Civil Veterinary Department. Central Provinces & Berar 1925-31 - 1925-1931
Year: 1925
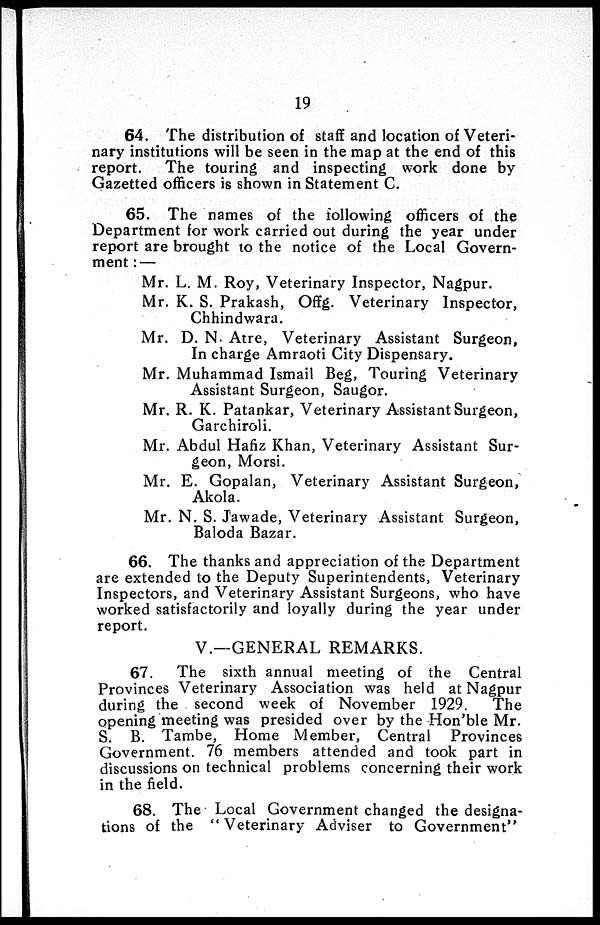
19
64. The distribution of staff and location of Veteri-
nary institutions will be seen in the map at the end of this
report.
The touring and inspecting work done by
Gazetted officers is shown in Statement C.
65. The names of the following officers of the
Department for work carried out during the year under
report are brought to the notice of the Local Govern-
ment:—
Mr. L. M. Roy, Veterinary Inspector, Nagpur.
Mr. K. S. Prakash, Offg. Veterinary Inspector,
Chhindwara.
Mr. D. N. Atre, Veterinary Assistant Surgeon,
In charge Amraoti City Dispensary.
Mr. Muhammad Ismail Beg, Touring Veterinary
Assistant Surgeon, Saugor.
Mr. R. K. Patankar, Veterinary Assistant Surgeon,
Garchiroli.
Mr. Abdul Hafiz Khan, Veterinary Assistant Sur-
geon, Morsi.
Mr. E. Gopalan, Veterinary Assistant Surgeon,
Akola.
Mr. N. S. Jawade, Veterinary Assistant Surgeon,
Baloda Bazar.
66. The thanks and appreciation of the Department
are extended to the Deputy Superintendents, Veterinary
Inspectors, and Veterinary Assistant Surgeons, who have
worked satisfactorily and loyally during the year under
report.
V.—GENERAL REMARKS.
67.
The sixth annual meeting of the Central
Provinces Veterinary Association was held at Nagpur
during the second week of November 1929.
The
opening meeting was presided over by the Hon'ble Mr.
S. B. Tambe, Home Member, Central Provinces
Government. 76 members attended and took part in
discussions on technical problems concerning their work
in the field.
68. The Local Government changed the designa-
tions of the "Veterinary Adviser to Government"